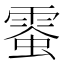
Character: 𩃪